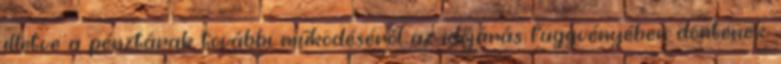
illetve a pénztárak további működéséről az időjárás függvényében döntenek.